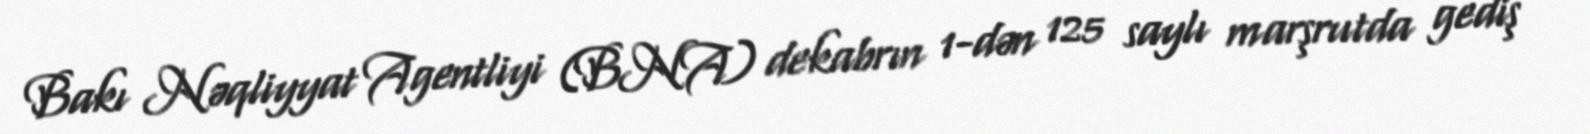
Bakı Nəqliyyat Agentliyi (BNA) dekabrın 1-dən 125 saylı marşrutda gediş